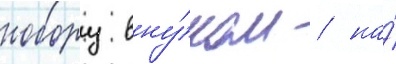
нобору вну́ком / на́